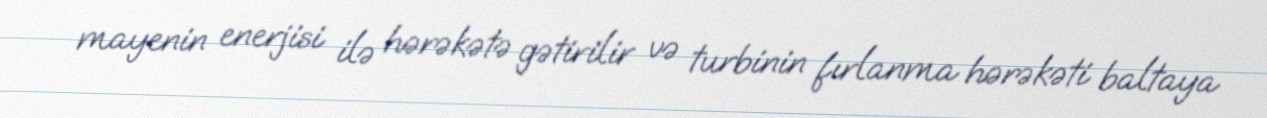
mayenin enerjisi ilə hərəkətə gətirilir və turbinin fırlanma hərəkəti baltaya